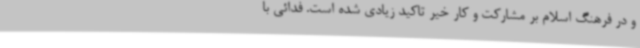
و در فرهنگ اسلام بر مشارکت و کار خیر تاکید زیادی شده است. فدائی با